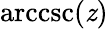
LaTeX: \operatorname{arccsc}(\mathit{z})